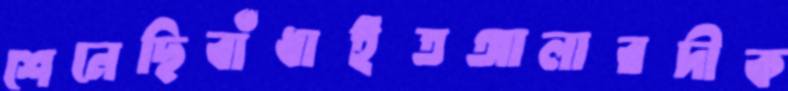
শেনেছিবাঁধাইতআলারদীক